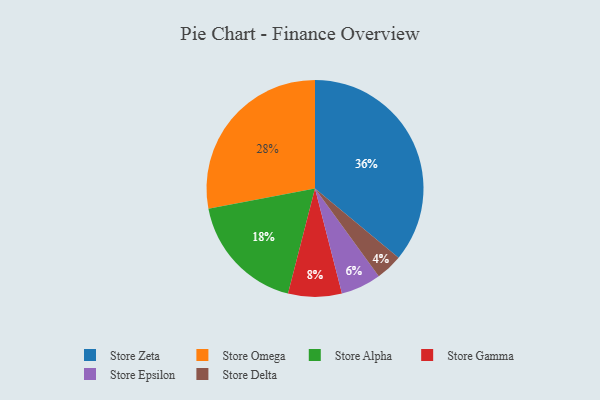
{"axis": {"x": "Category", "y": "Percentage"}, "legend": ["Store Alpha", "Store Delta", "Store Epsilon", "Store Gamma", "Store Omega", "Store Zeta"], "data": [{"x": "Store Omega", "y": 28, "type": "Store Omega"}, {"x": "Store Gamma", "y": 8, "type": "Store Gamma"}, {"x": "Store Zeta", "y": 36, "type": "Store Zeta"}, {"x": "Store Alpha", "y": 18, "type": "Store Alpha"}, {"x": "Store Epsilon", "y": 6, "type": "Store Epsilon"}, {"x": "Store Delta", "y": 4, "type": "Store Delta"}]}